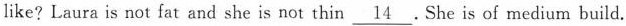
like? Laura is not fat and she is not thin \underline{14} . She is of medium build.